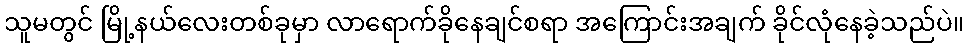
သူမတွင် မြို့နယ်လေးတစ်ခုမှာ လာရောက်ခိုနေချင်စရာ အကြောင်းအချက် ခိုင်လုံနေခဲ့သည်ပဲ။